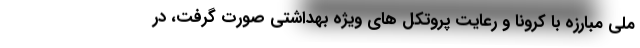
ملی مبارزه با کرونا و رعایت پروتکل های ویژه بهداشتی صورت گرفت، در